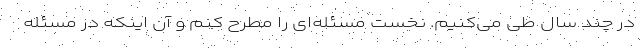
در چند سال طی می‌کنیم. نخست مسئله‌ای را مطرح کنم و آن اینکه در مسئله